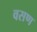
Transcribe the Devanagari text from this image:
वसण